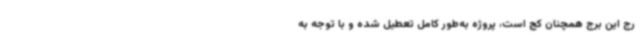
رج این برج همچنان کج است، پروژه به‌طور کامل تعطیل شده و با توجه به